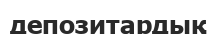
депозитардық